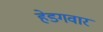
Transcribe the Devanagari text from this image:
हेडगवार